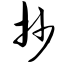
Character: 抄